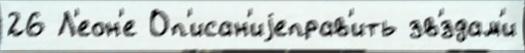
26 Л'еон'е Оп'исан'иjеправ'ить зв'́здам'и